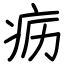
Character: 疬